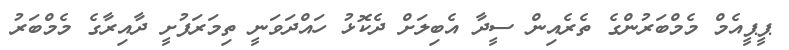
ޕީޕީއެމް މެމްބަރުންގެ ތެރެއިން ސީދާ އެބިލަށް ދެކޮޅު ހައްދަވަނީ ތިމަރަފުށީ ދާއިރާގެ މެމްބަރު